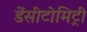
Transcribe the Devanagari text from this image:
डेंसीटोमिट्री